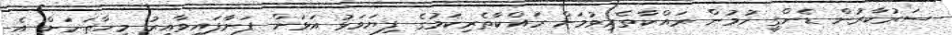
ސަރުކާރުން ޑެންގީ ހުމުން ރަައްކާތެރިވުމަށް ރައްކާތެރިކަމުގެ ފިޔަވަޅު އަޅަން ފަށާފައިވާއިރު މިހާތަނަށް އެ